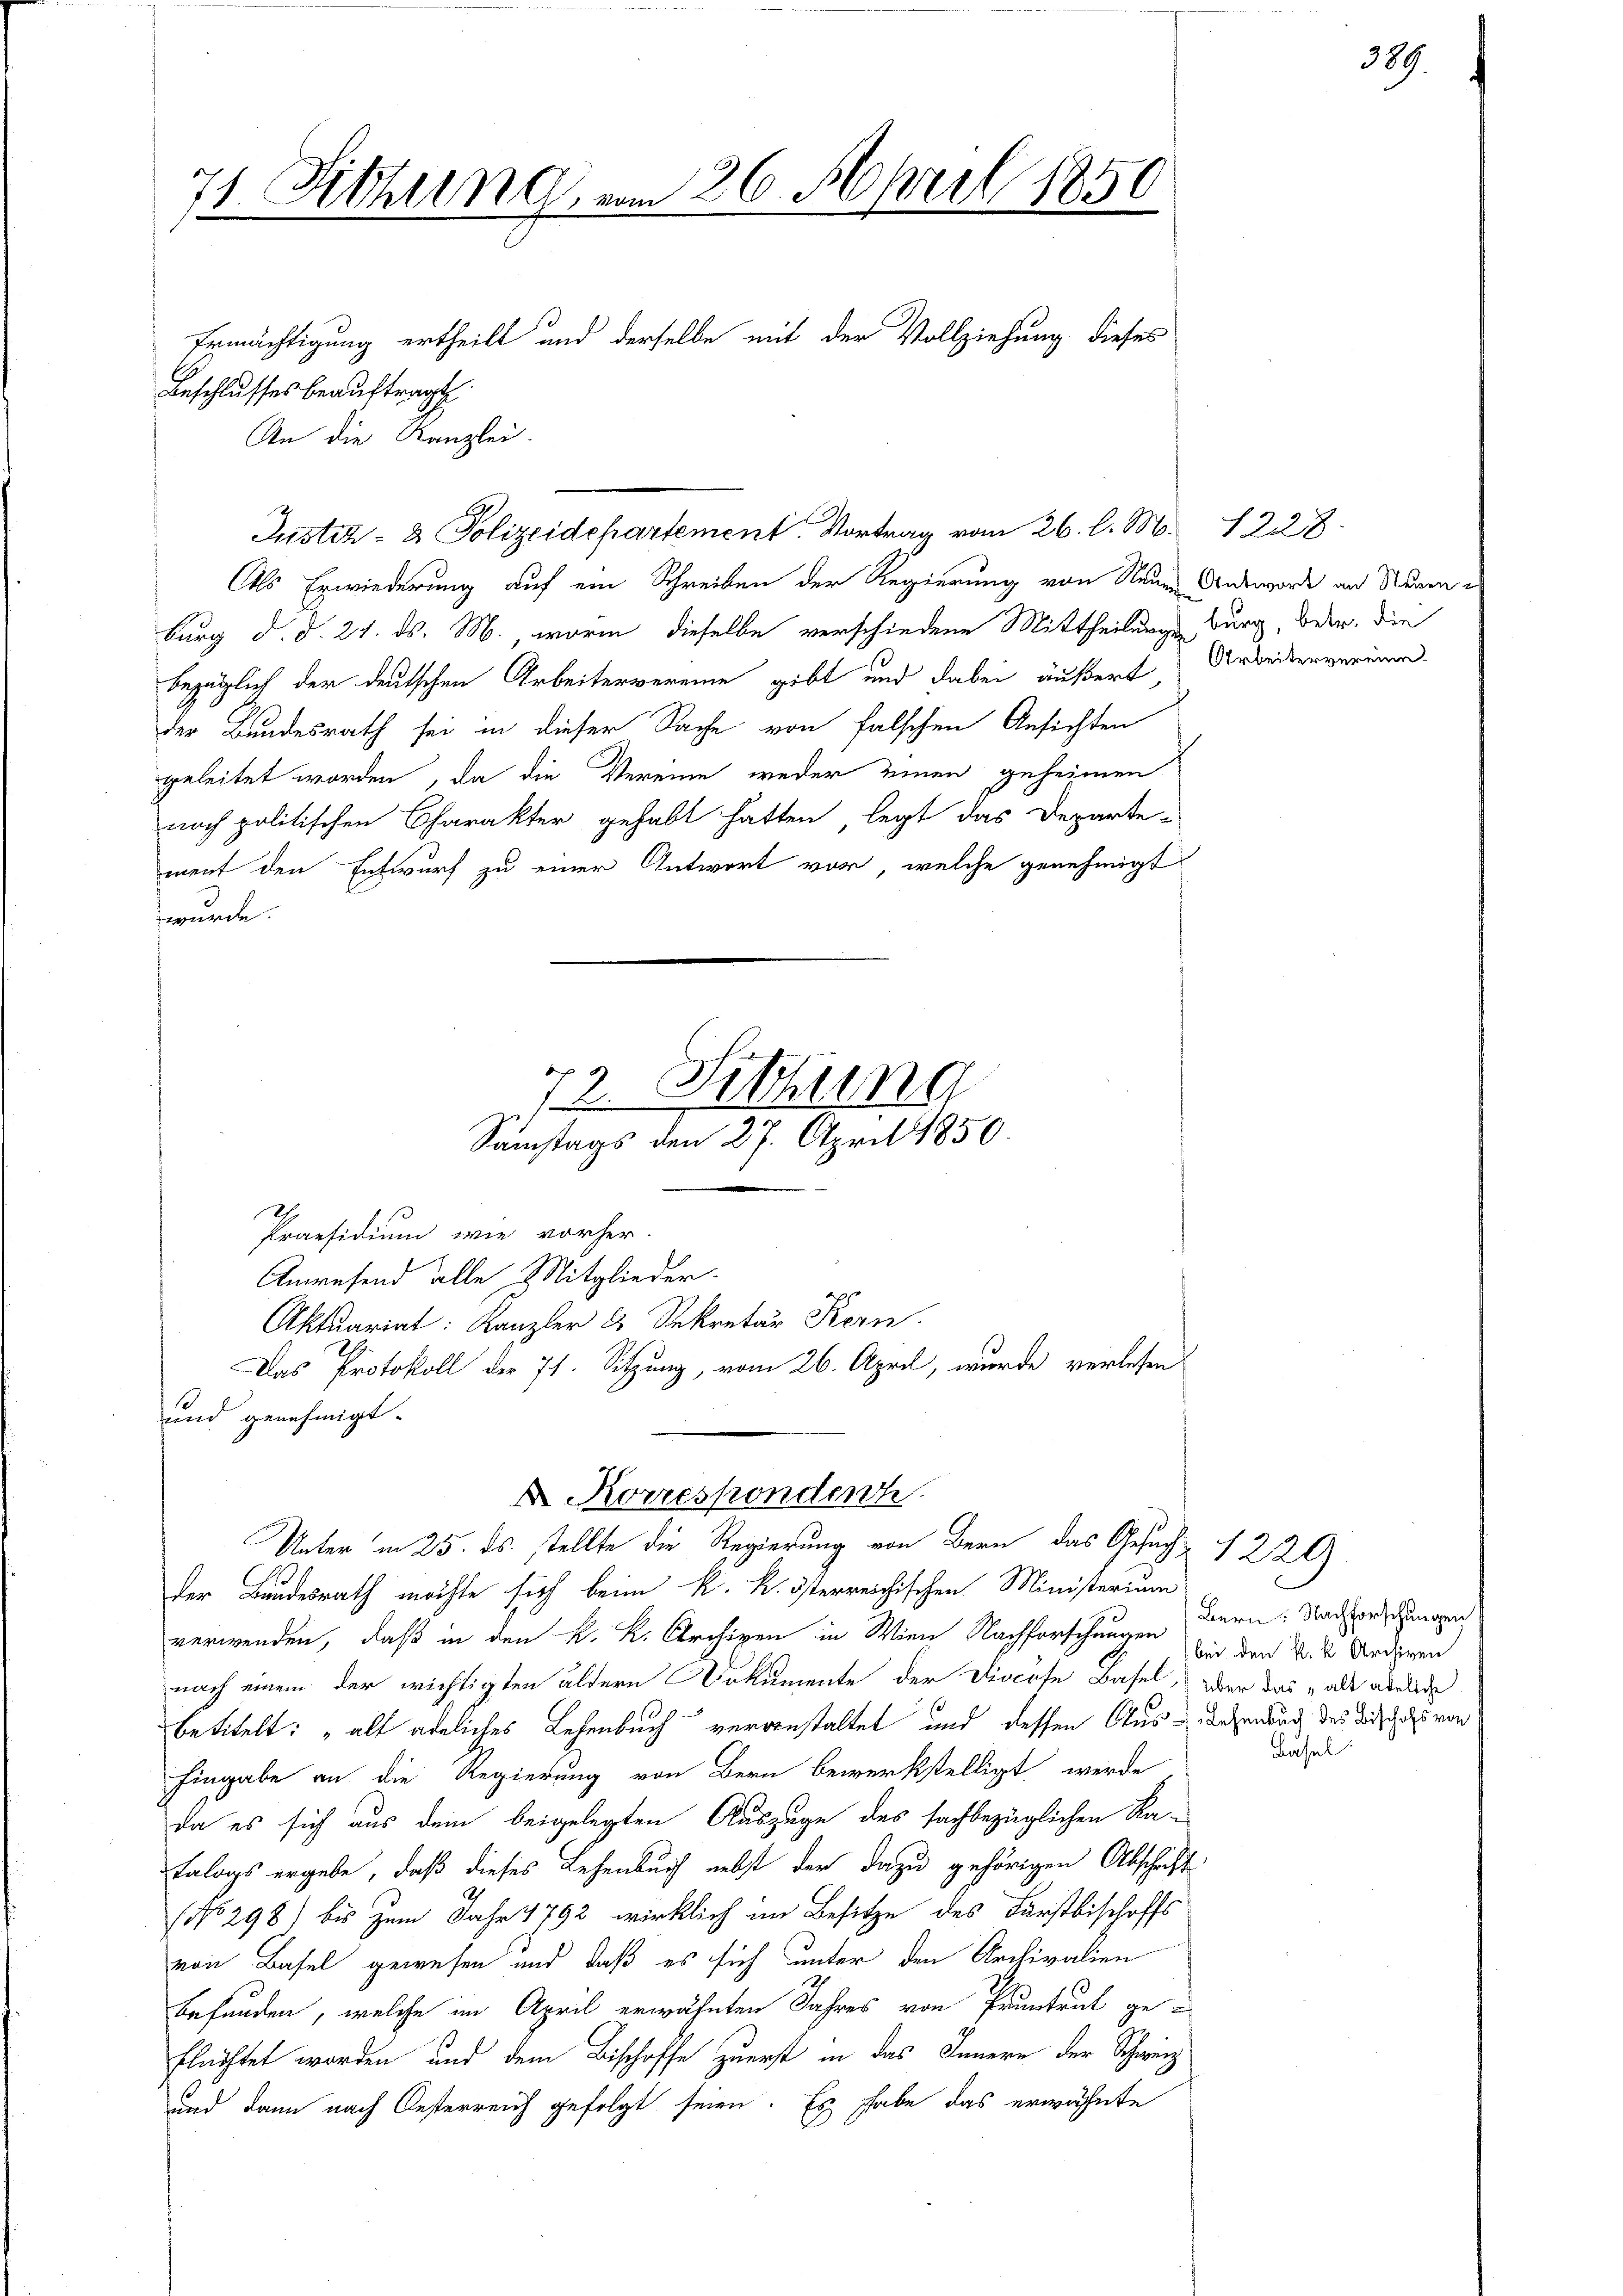
71. Fithung vom 26. April 1850

Als Erwiederung auf ein Schreiben der Regierung von Neuen Antworte an Seren
burg d. d. 21. ds. M., worin dieselbe verschiedene Mittheilungsburg, betr. die
bezüglich der deutschen Arbeitervereine gibt und dabei äußert Arbeitenvereine
der Bundesrath sei in dieser Sache von falschen Ansichten
geleitet worden, da die Vereine weder einen geheimen
noch politischen Charakter gehabt hatten, legt das Departe-
ment den Entwurf zu einer Antwort vor, welche genehmigt
wurde.

Ermächtigung ertheilt und derselbe mit der Vollziehung dieses
Beschlusses beauftragt.
An die Kanzlei.

Justiz- & Polizeidepartement. Vortrag vom 26. l. M.

72. Sitzung
Samstags den 27. April 1850.
Praesidium wie vorher.
Anwesend alle Mitglieder.
Aktuariat: Kanzler & Sekretär Kern
Das Protokoll der 71. Sitzung, vom 26. April, wurde verlesen

und genehmigt.
der Bundesrath möchte sich beim k. k. österreichischen Ministerium
verwenden, daß in den k. k. Archiven in Wien Nachforschungen zu den K. K. Anderen
nach einem der wichtigten ältern Dokumente der Diocöse Basel, aber das als adeli
betitelt: „alt adeliches Lehenbuch veranstaltet und dessen Aus - Lehenbuch des durch des von
Eingabe an die Regierung von Bern bewerkstelligt werde
da es sich aus dem beigelegten Auszuge des sachbezüglichen Ka¬
Ealogs ergebe, daß dieses Lehenbuch nebst der dazu gehörigen Abschrift
2
(No 298) bis zum Jahr 1792 wirklich im Besitze des Fürstbischoffs
von Basel gewesen und daß es sich unter den Archivalien
befunden, welche im April erwähnten Jahres von Pruntrut geflüchtet worden und dem Bischoffe zuerst in das Innern der Schweiz
und dann nach Oesterreich gefolgt seien. Es habe das erwähnte

D Korrespondent
Unter in 25. ds. stellte die Regierung von Bern das Gesuch

1228

Bern: Nachforschungen
Basel.

1229

389.